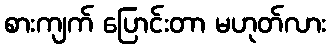
စားကျက် ပြောင်းတာ မဟုတ်လား